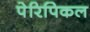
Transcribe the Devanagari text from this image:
पेरिपिकल